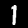
Label: 1